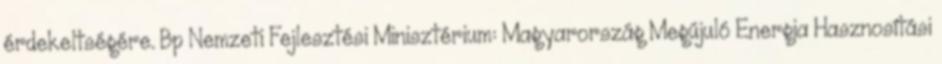
érdekeltségére. Bp Nemzeti Fejlesztési Minisztérium: Magyarország Megújuló Energia Hasznosítási